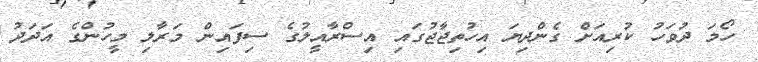
ހޯމަ ދުވަހު ކުރިއަށް ގެންދިޔަ އިހުތިޖާޖުގައި އިސްރާއީލުގެ ސިފައިން މަރާލި މީހުންގެ އަދަދު